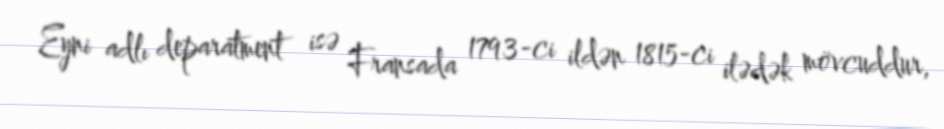
Eyni adlı deparatment isə Fransada 1793-ci ildən 1815-ci ilədək mövcuddur,